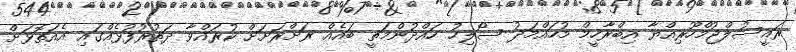
ރައީސުލްޖުމްހޫރިއްޔާ އިބްރާހީމް މުހައްމަދު ސޯލިހު ހައްދުންމަތީ ބައެއް ރަށްރަށަށް ކުރައްވާ ދަތުރުފުޅެއްގައި އެއަތޮޅަށް